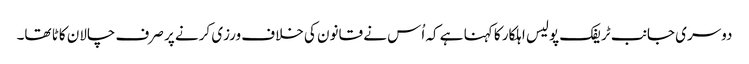
دوسری جانب ٹریفک پولیس اہلکار کا کہنا ہے کہ اُس نے قانون کی خلاف ورزی کرنے پر صرف چالان کاٹا تھا۔